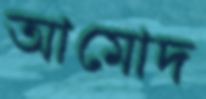
আমোদ